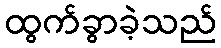
ထွက်ခွာခဲ့သည်